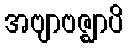
အဗျာဗဇ္ဈာပိ